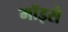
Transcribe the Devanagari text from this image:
मॉइसे